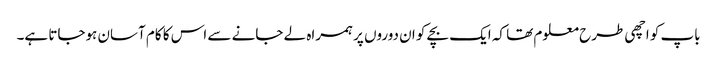
باپ کو اچھی طرح معلوم تھا کہ ایک بچے کو ان دوروں پر ہمراہ لے جانے سے اس کا کام آسان ہوجاتا ہے۔